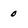
Character: 0